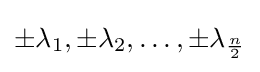
\pm \lambda _{1},\pm \lambda _{2},\ldots ,\pm \lambda _{\frac {n}{2}}